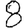
Digit: 8